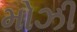
મોઝી